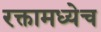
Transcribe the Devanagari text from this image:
रक्तामध्येच